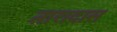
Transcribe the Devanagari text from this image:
तारादास